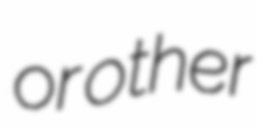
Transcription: or other